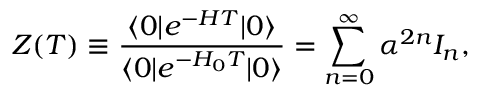
Z ( T ) \equiv { \frac { \langle 0 | e ^ { - H T } | 0 \rangle } { \langle 0 | e ^ { - H _ { 0 } T } | 0 \rangle } } = \sum _ { n = 0 } ^ { \infty } \alpha ^ { 2 n } I _ { n } ,